Bombay plague: being a history of the progress of plague in the Bombay presidency from September 1896 to June 1899
Year: 1896
Disease focus: Plague
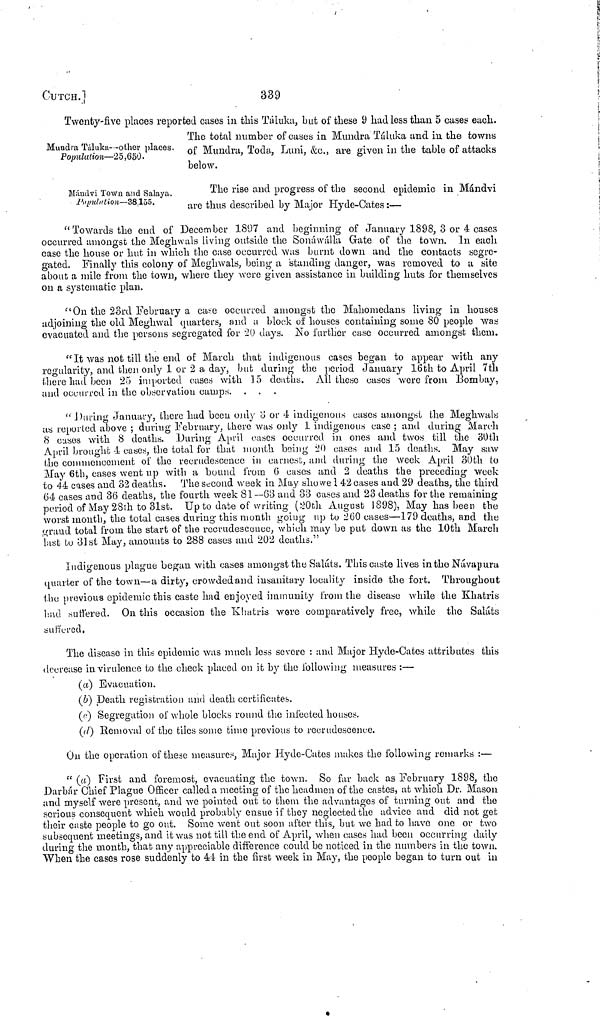
CUTCH.]
339
Mundra Táluka--olher places.
Population—25,650.
Twenty-five places reported cases in this Táluka, but of these 9 had less than 5 cases each.
The total number of cases in Mundra Táluka and in the towns
of Mundra, Toda, Luni, &c., are given in the table of attacks
below.
Mándvi Town and Salaya.
Population—38.155.
The rise and progress of the second epidemic in Mándvi
are thus described by Major Hyde-Cates:—
"Towards the end of December 1807 and beginning of January 1898, 3 or 4 cases
occurred amongst the Meghwals living outside the Sonáwálla Gate of the town. In each
case the house or hut in which the case occurred was burnt down and the contacts segre-
gated. Finally this colony of Meghwals, being a standing danger, was removed to a site
about a mile from the town, where they were given assistance in building huts for themselves
on a systematic plan.
"On the 23rd February a case occurred amongst the Mahomedans living in houses
adjoining the old Meghwal quarters, and a block of houses containing some 80 people was
evacuated and the persons segregated for 20 days. No further case occurred amongst them.
" It was not till the end of March that indigenous cases began to appear with any
regularity, and then only 1 or 2 a day, but during the period January 16th to April 7th
there had been 25 imported cases with 15 deaths. All these cases were from Bombay,
and occurred in the observation camps.
"During January, there had been only 3 or 4 indigenous cases amongst the Meghwals
as reported above ; during February, there was only 1 indigenous case ; and during March
8 cases with 8 deaths. During April ea^cs occurred in ones and twos till the 30th
April brought 4 cases, the total for that month being 20 cases and 15 deaths. May saw
the commencement of the recrudescence in earnest, and during the week April 30th to
May 6th, cases went up with a bound from 6 cases and 2 deaths the preceding week
to 44 cases and 32 deaths. The second week in May showe 142 cases and 29 deaths, the third
64 cases and 36 deaths, the fourth week 81—68 and 33 cases and 23 deaths for the remaining
period of May 28th to 31st. Up to date of writing (20th August 1898), May has been the
worst month, the total cases during this month going up to 260 cases—179 deaths, and the
grand total from the start of the recrudescence, which may be put down as the 10th March
last to 31st May, amounts to 288 cases and 202 deaths."
Indigenous plague began with cases amongst the Saláts. This caste lives in the Návapura
quarter of the town—a dirty, crowded and insanitary locality inside the fort. Throughout
the previous epidemic this caste had enjoyed immunity from the disease while the Khatris
had suffered. On this occasion the Khatris were comparatively free, while the Saláts
suffered.
The disease in this epidemic was much less severe : and Major Hyde-Cates attributes this
decrease in virulence to the check placed on it by the following measures :—
(a) Evacuation.
(b) Death registration and death certificates.
(c) Segregation of whole blocks round the infected houses.
(d) Removal of the tiles some time previous to recrudescence.
On the operation of these measures, Major Hyde-Cates makes the following remarks :—
"(a) First and foremost, evacuating the town. So far back as February 1898, the
Darbár Chief Plague Officer called a meeting of the headmen of the castes, at which Dr. Mason
and myself were present, and we pointed out to them the advantages of turning out and the
serious consequent which would probably ensue if they neglected the advice and did not get
their caste people to go out. Some went out soon after this, but we had to have one or two
subsequent meetings, and it was not till the end of April, when cases had been occurring daily
during the month, that any appreciable difference could be noticed in the numbers in the town.
When the cases rose suddenly to 41 in the first week in May, the people began to turn out in